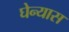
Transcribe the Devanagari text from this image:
घेन्यास